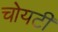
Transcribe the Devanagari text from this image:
चोयटी